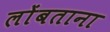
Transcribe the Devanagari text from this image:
लोंबताना